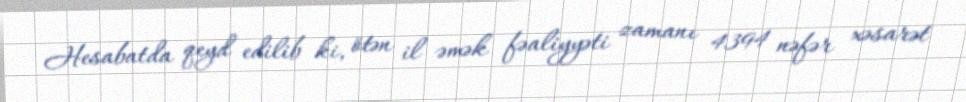
Hesabatda qeyd edilib ki, ötən il əmək fəaliyyəti zamanı 4394 nəfər xəsarət